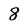
Character: 8